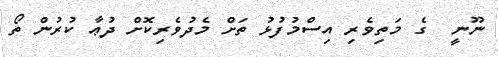
ނޫނީ  ގެ މަތިވެރި އިސްމުފުޅު ތަށް މެދުވެރިކޮށް ދުޢާ ކުރުން ތޯ